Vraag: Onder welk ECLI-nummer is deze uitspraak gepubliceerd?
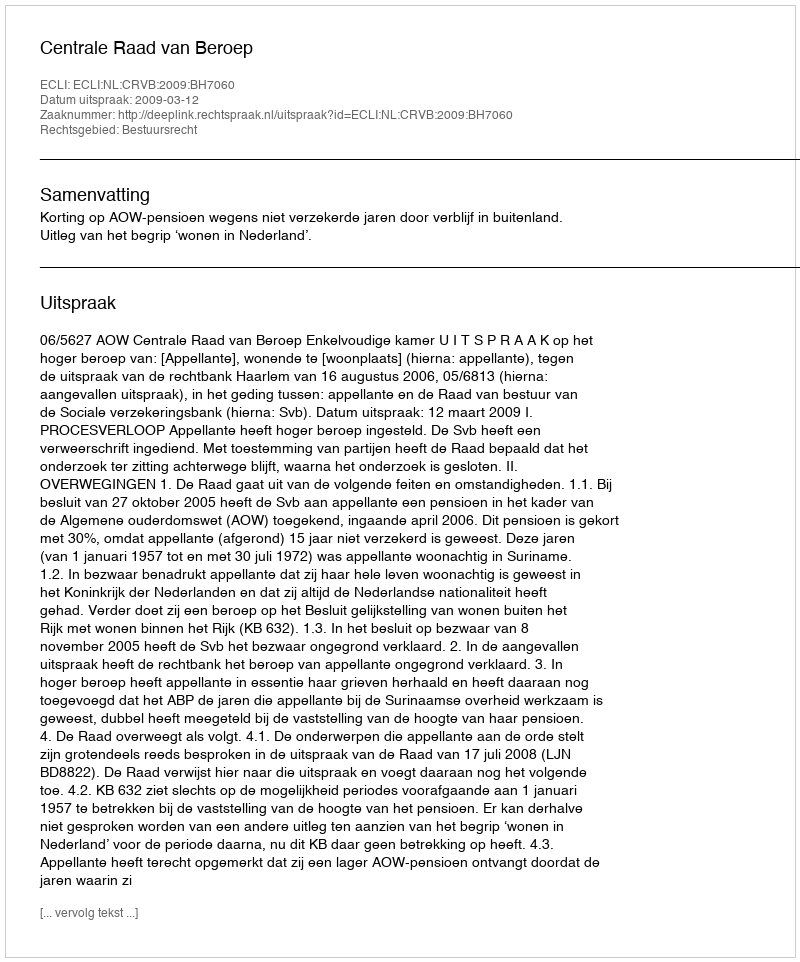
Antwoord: ECLI:NL:CRVB:2009:BH7060